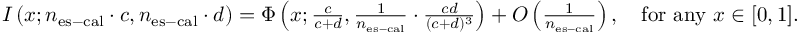
\begin{array} { r } { I \left( x ; n _ { \mathrm { e s - c a l } } \cdot c , n _ { \mathrm { e s - c a l } } \cdot d \right) = \Phi \left( x ; \frac { c } { c + d } , \frac { 1 } { n _ { \mathrm { e s - c a l } } } \cdot \frac { c d } { ( c + d ) ^ { 3 } } \right) + O \left( \frac { 1 } { n _ { \mathrm { e s - c a l } } } \right) , \quad \mathrm { f o r ~ a n y ~ } x \in [ 0 , 1 ] . } \end{array}